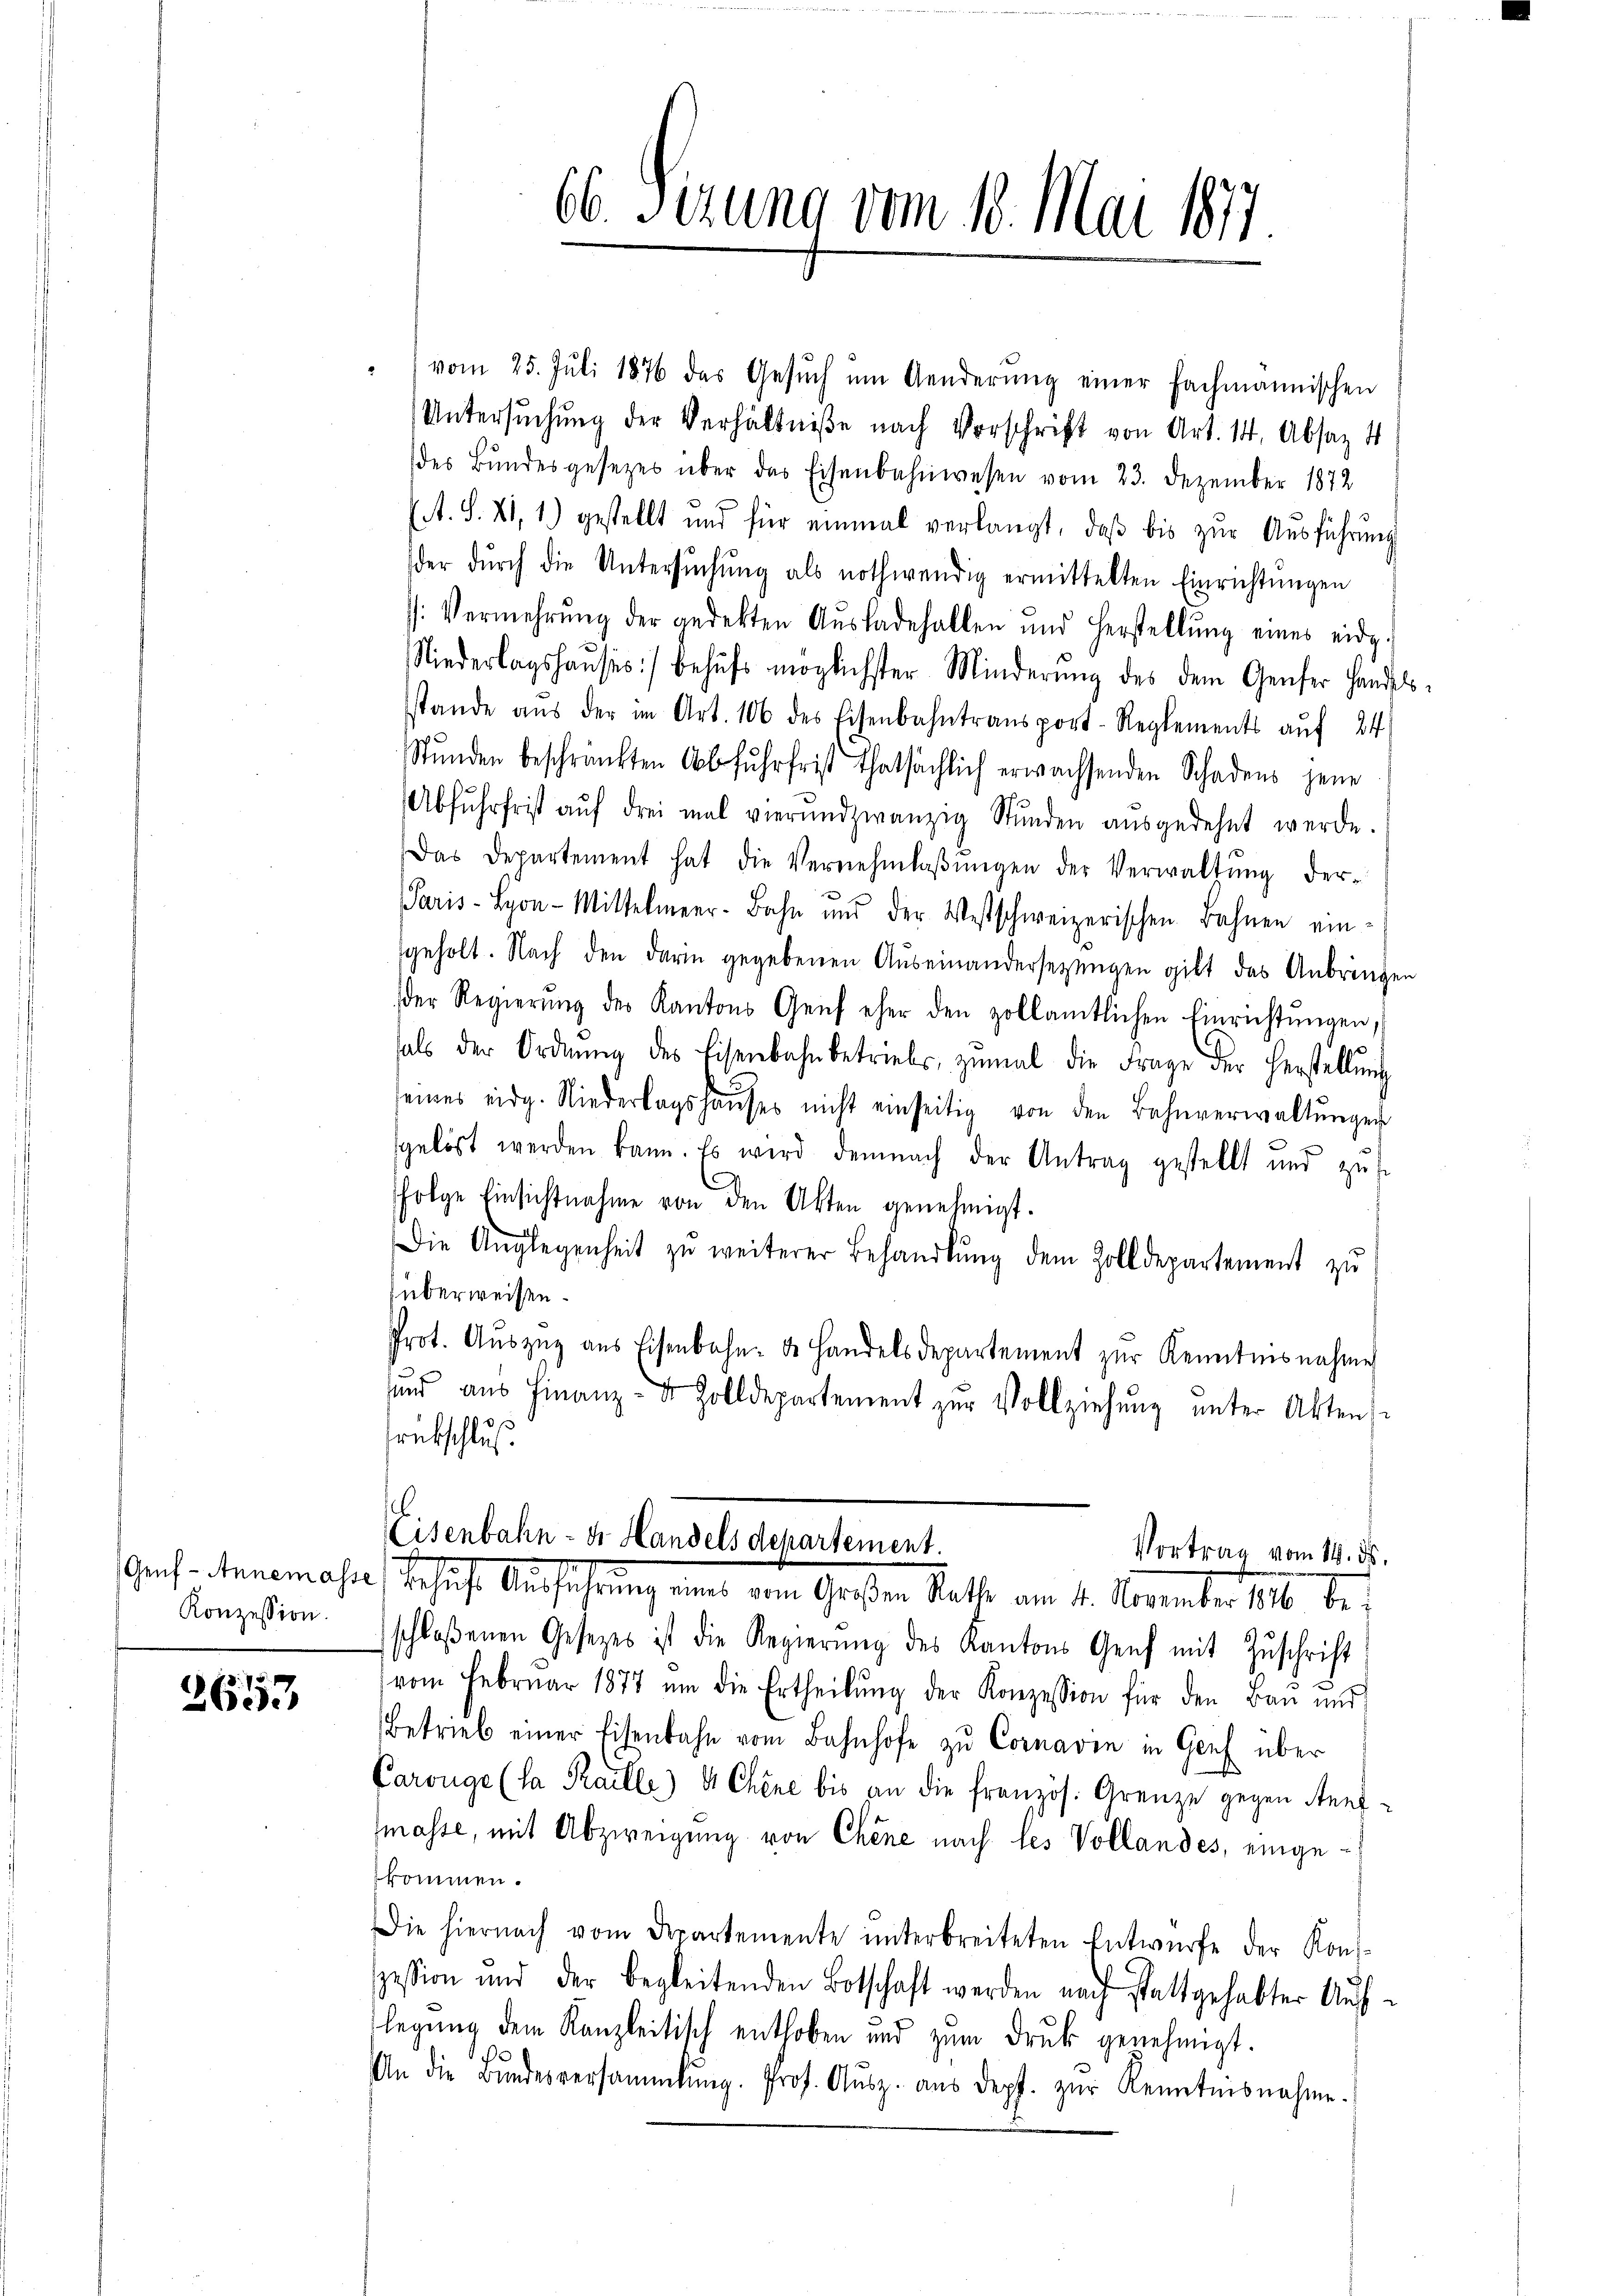
Konzession.

2653

vom 25. Juli 1876 das Gesŭch ŭm Aenderŭng einer fachmannischen
Untersŭchŭng der Verhältniße nach Vorschrift von Art. 14. Absaz 4
des Bŭndesgesetzes über das Eisenbahnwesen vom 23. Dezember 1872
(A. S. 41, 1.) gestellt und für einmal verlangt, daβ bis zŭr Aŭsführŭng
der dŭrch die Untersŭchŭng als nothwendig ermittelten Einrichtŭngen
: Vermehrŭng der gedekten Aŭsladehalten und Herstellŭng eines eidg.
Niederlagshaŭses) behŭfs möglichster Minderŭng des dem Genfer Handels-
sstande aŭs der im Art. 106 des Eisenbahntransport-Reglements aŭf 24
Stŭnden beschränkten Abfŭhrfrist thatsächlich erwachsenden Schadens jene
Abfŭhrfrist aŭf drei mal vierundzwanzig Stŭnden aŭsgedehnt werde.
Das Departement hat die Vernehmlaβŭngen der Verwaltŭng der-
Paris - Lyon-Mittelmeer-Bahn und der Westschweizerischen Bahnen ein-
geholt. Nach den darin gegebenen Auseinandersezungen gibt das Anbringen
der Regierŭng der Kantons Genf eher den zollamtlichen Einrichtŭngen,
hals der Ordnŭng des Eisenbahnbetriebes, zŭmal die Frage der Herstellŭng
seines eidg. Niederlagshaŭses nicht einseitig von den Bahnverwaltŭngen
sgelöst werden kann. Es wird demnach der Antrag gestellt und zŭs
folge Einsichtnahme von den Akten genehmigt.
Die Anglegenheit zŭ weiterer Behandlŭng dem Zolldepartement zŭ
überweisen.
Prot. Aŭszŭg ans Eisenbahn- u. Handelsdepartement zŭr Kenntnisnahme
sind aŭs Finanz- u. Zolldepartement zŭr Vollziehŭng ŭnter Aktens
rückschluß

66. Perung vom 10. Mai 1877

Eisenbahn - der Handels departement.
Vortrag vom 14. ds.
Anf. heremasis Schicht Ausführung eint dem Großen Rath am 14. November 188 des

schloßenen Gesetzes ist die Regierŭng des Kantons Genf mit Zŭschrift
vom Februar 1877 ŭm die Ertheilŭng der Konzession für den Baŭ ŭnd
Betrieb einer Eisenbahn vom Bahnhofe zŭ Cornarin in Genf über
Carouge (la Raille) 4 Chine bis an die französ. Grenze gegen Aend-
masse, mit Abzweigung von Chene nach les Vollandes, eingekommen.
Die hiernach vom Departemente ŭnterbreiteten Entwürfe der Kon-
pession und der begleitenden Botschaft werden nach stattgehabter Auflegung dem Kanzleitisch enthoben und zum Druk genehmigt.
An die Bŭndesversammlung. Prof. Aŭsz. aŭs depf. zŭr Kenntnisnahme.